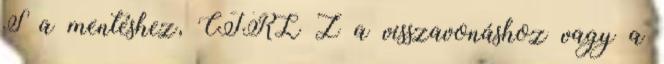
S a mentéshez, CTRL Z a visszavonáshoz vagy a